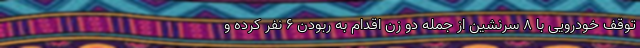
توقف خودرویی با ۸ سرنشین از جمله دو زن اقدام به ربودن ۶ نفر کرده و